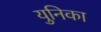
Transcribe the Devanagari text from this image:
युनिका